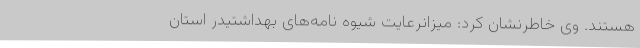
هستند. وی خاطرنشان کرد: میزانرعایت شیوه نامه‌های بهداشتیدر استان